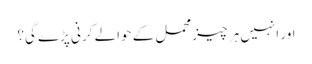
اور انہیں ہر چیز محمل کے حوالے کرنی پڑے گی؟